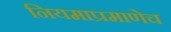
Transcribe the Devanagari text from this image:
नियमाप्रमाणेच